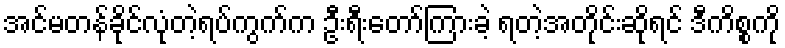
အင်မတန်ခိုင်လုံတဲ့ရပ်ကွက်က ဦးရီးတော်ကြားခဲ့ ရတဲ့အတိုင်းဆိုရင် ဒီကိစ္စကို